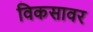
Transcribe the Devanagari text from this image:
विकसावर